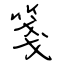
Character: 箋